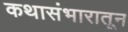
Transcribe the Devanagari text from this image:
कथासंभारातून